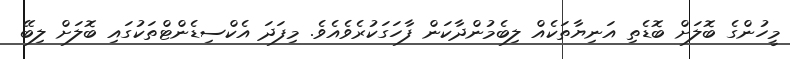
މީހުންގެ ބޮލަށް ބޮޑެތި އަނިޔާތަކެއް ލިބެމުންދާކަން ފާހަގަކުރެވެއެވެ. މިފަދަ އެކްސިޑެންޓްތަކުގައި ބޮލަށް ލިބޭ